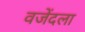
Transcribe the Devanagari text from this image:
वजेंदला